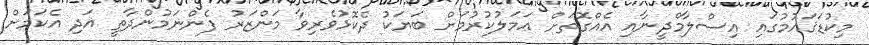
މިކުޑަޤައުމުގައި އިސްލާމްދީނާއި އެއްގޮތަށް ޢަމަލުކުރުމަށް ބަޔަކު ދެކޮޅުވެރިވާ މަންޒަރު ފެންނަމުންދާތީ އަދި އެކަމަށް